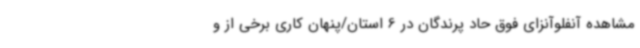
مشاهده آنفلوآنزای فوق حاد پرندگان در 6 استان/پنهان کاری برخی از و